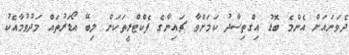
ދެވަނައަށް އެންމެ ބޮޑު އިގްތިސާދު ކަމަށްވާ ޗައިނާގެ ފެކްޓްރީތަކަށް ލިބޭ އޯޑަރުތައް މަދުވުމާއެކު